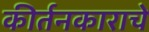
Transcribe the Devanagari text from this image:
कीर्तनकाराचे